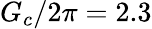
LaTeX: G_{c}/2\pi=2.3